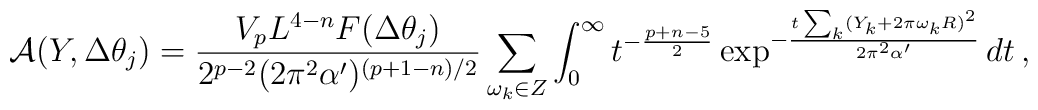
\mathcal{A}(Y,\Delta\theta_j)= \frac{V_pL^{4-n}F(\Delta\theta_j)}{2^{p-2}(2\pi^2\alpha')^{(p+1-n)/2}}\sum_{\omega_k\in Z} \int_0^\infty  t^{-\frac{p+n-5}{2}}\exp^{-\frac{t\sum_k(Y_k+2\pi \omega_k R)^2}{2\pi^2\alpha'}}dt\,,